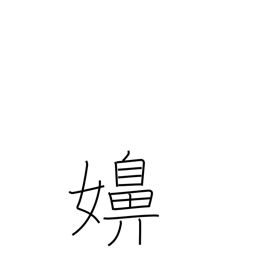
Meaning: wife (vulg)